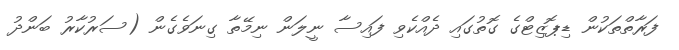
ފަރާތްތަކުން ޑިޕޮޒިޓްގެ ގޮތުގައި ދެއްކެވި ފައިސާ ނީލަން ނިމޭތާ ގިނަވެގެން (ސަރުކާރު ބަންދު